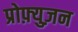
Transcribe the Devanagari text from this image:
प्रोफ़्युज़न